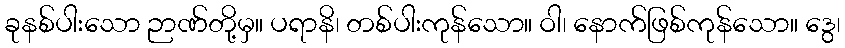
ခုနစ်ပါးသော ဉာဏ်တို့မှ။ ပရာနိ၊ တစ်ပါးကုန်သော။ ဝါ၊ နောက်ဖြစ်ကုန်သော။ ဒွေ၊